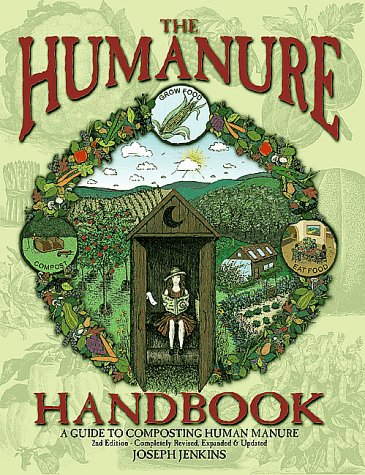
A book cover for The Humanure Handbook: A Guide to Composting Human Manure, 2nd edition; Joseph Jenkins; Crafts, Hobbies & Home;